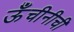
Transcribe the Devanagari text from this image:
ऊँचीनीची